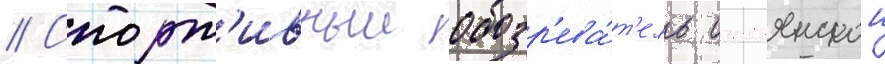
// Спорт'ивныи обозр'ева́т'ель итальянскои